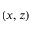
( x , z )